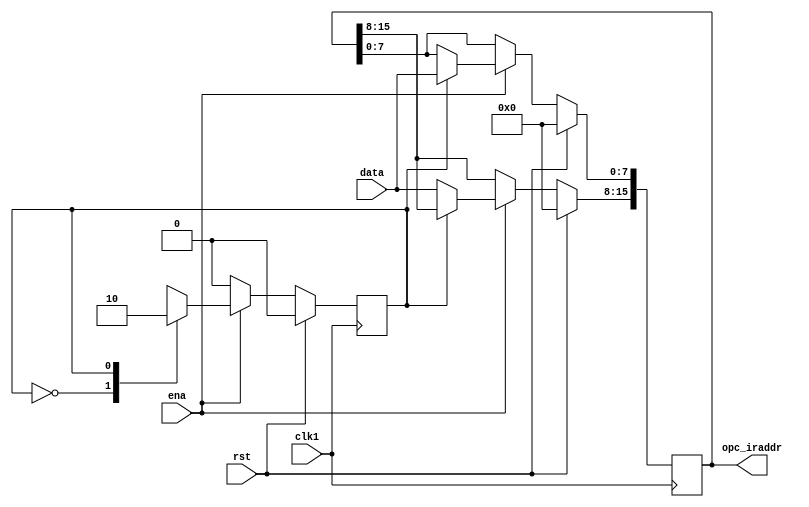
module register(opc_iraddr,data ,ena,clk1,rst);
output [15:0] opc_iraddr;
input [7:0] data;
input ena, clk1,rst;

reg [15:0] opc_iraddr;
reg state;

always @(posedge clk1)
if(rst)
	begin 
		opc_iraddr =16'h0000;
		state<=0;
    end
else 
begin 
	if(ena) //LOAD_IR
	case(state)
		1'b0: 
			begin 
				opc_iraddr[15:8]<=data;
				state=1;
			end
		1'b1: 
			begin 
				opc_iraddr[7:0]<=data;
				state=0;
			end
		default: 
			begin 
				opc_iraddr[15:0]<=16'hxxxx;
				state=1'bx;
			end
	endcase
	else
		state <=0;
end
endmodule